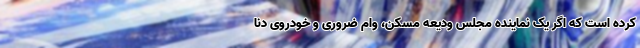
کرده است که اگر یک نماینده مجلس ودیعه مسکن، وام ضروری و خودروی دنا